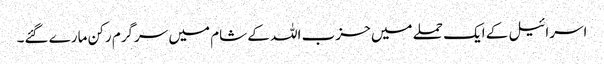
اسرائیل کے ایک حملے میں حزب اللہ کے شام میں سرگرم رکن مارے گئے۔